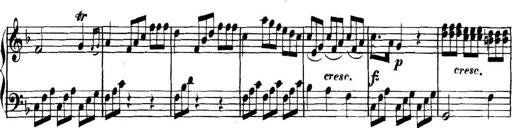
Title: Collected Piano Sonatas
Composer: Muzio Clementi